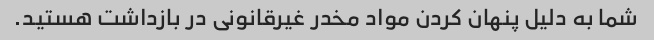
شما به دلیل پنهان کردن مواد مخدر غیرقانونی در بازداشت هستید.